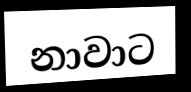
නාවාට